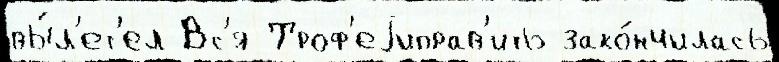
вы́л'ет'ел Вс'я Троф'еjиправ'ить зако́нчилась